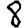
Digit: 8